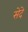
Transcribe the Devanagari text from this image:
सेदे